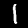
Label: 1